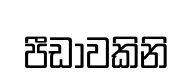
පීඩාවකිනි